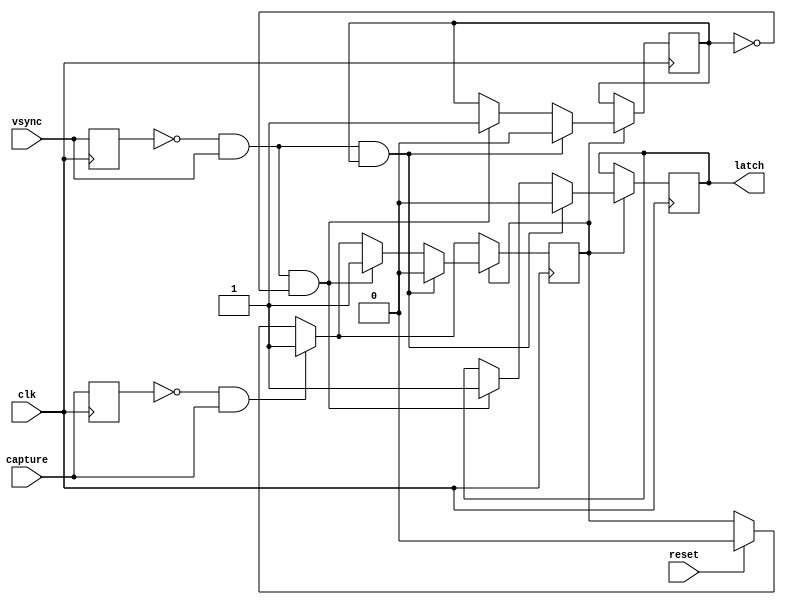
`timescale 1ns / 1ps
//////////////////////////////////////////////////////////////////////////////////
// Company: 
// Engineer: 
// 
// Design Name: 
// Module Name:    save_frame 
// Project Name: 
// Target Devices: 
// Tool versions: 
// Description: 
//
// Dependencies: 
//
// Revision: 
// Revision 0.01 - File Created
// Additional Comments: 
//
//////////////////////////////////////////////////////////////////////////////////
module save_frame(
		input clk,
		input reset,
		input capture,
		input vsync,
		output reg latch
    );
	reg old_capture, old_vsync, ready, running;
	always @(posedge clk) begin
		old_capture <= capture;
		old_vsync <= vsync;
		if (reset) ready <= 0;
		if (~old_capture && capture) ready <= 1;
		if (ready) begin
			if (~old_vsync && vsync && running) begin // ending vsync
				ready <= 0;
				running <= 0;
				latch <= 0;
			end
			else if (~old_vsync && vsync && ~running) begin // starting vsync
				ready <= 1;
				running <= 1;
				latch <= 1;
			end
		end
	end

endmodule